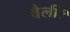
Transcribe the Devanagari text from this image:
वैली।